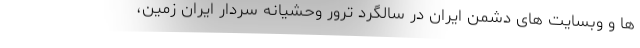
ها و وبسایت های دشمن ایران در سالگرد ترور وحشیانه سردار ایران زمین،